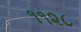
૧૧૨૮